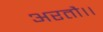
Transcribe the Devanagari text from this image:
अरतौ।।